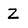
Character: Z